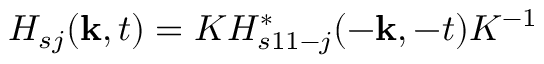
H _ { s j } ( { \bf k } , t ) = K H _ { s 1 1 - j } ^ { * } ( - { \bf k } , - t ) K ^ { - 1 }